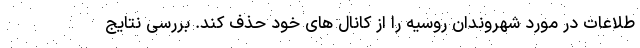
طلاعات در مورد شهروندان روسیه را از کانال های خود حذف کند. بررسی نتایج